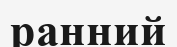
ранний